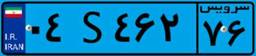
۰۴S۴۶۲۷۶